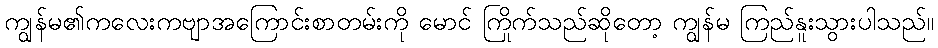
ကျွန်မ၏ကလေးကဗျာအကြောင်းစာတမ်းကို မောင် ကြိုက်သည်ဆိုတော့ ကျွန်မ ကြည်နူးသွားပါသည်။